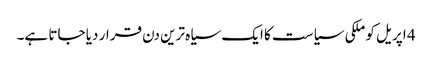
4 اپریل کو ملکی سیاست کا ایک سیاہ ترین دن قرار دیا جاتا ہے۔